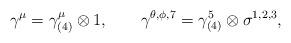
LaTeX: \begin{align*}\gamma^{\mu}=\gamma_{(4)}^{\mu}\otimes 1, \qquad \gamma^{\theta,\phi,7}=\gamma_{(4)}^5 \otimes\sigma^{1,2,3},\end{align*}